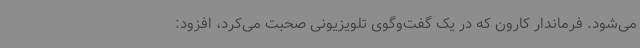
می‌شود. فرماندار کارون که در یک گفت‌وگوی تلویزیونی صحبت می‌کرد، افزود: